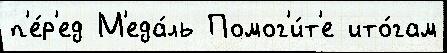
п'е́р'ед М'еда́ль Помог'и́т'е ито́гам